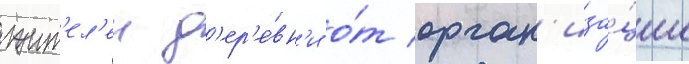
жит'ел'еи д'ер'е́вн'и о́т орган'иза́ции